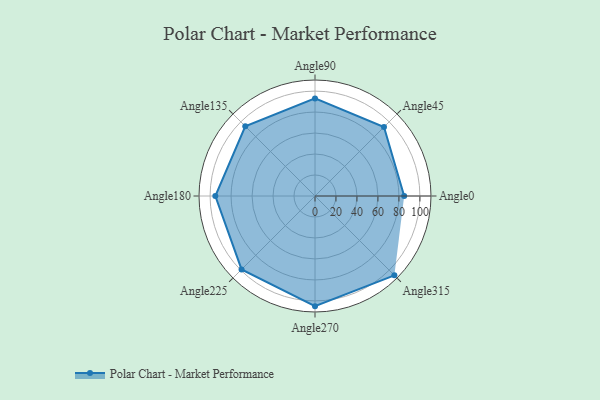
{"axis": {"x": "Angle", "y": "Radius"}, "legend": [""], "data": [{"x": "Angle0", "y": 85.0, "type": ""}, {"x": "Angle45", "y": 93.0, "type": ""}, {"x": "Angle90", "y": 93.0, "type": ""}, {"x": "Angle135", "y": 94.0, "type": ""}, {"x": "Angle180", "y": 95.0, "type": ""}, {"x": "Angle225", "y": 99.0, "type": ""}, {"x": "Angle270", "y": 105.0, "type": ""}, {"x": "Angle315", "y": 107.0, "type": ""}]}